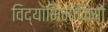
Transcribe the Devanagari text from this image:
विद्याभिमानियों